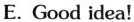
E.Good idea!